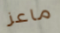
ماعز